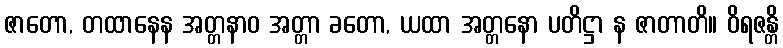
ဇာတော, တထာနေန အတ္တနာဝ အတ္တာ ခတော, ယထာ အတ္တနော ပတိဋ္ဌာ န ဇာတာတိ။ ဝိရဇန္တိ